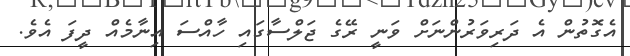
އެގޮތުން އެ ދަރިވަރުންނަށް ވަނީ ރޭގެ ޖަލްސާގައި ހާއްސަ އިނާމެއް ދީފަ އެވެ.